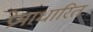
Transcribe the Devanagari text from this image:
प्रेमाधारित